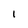
Character: 1